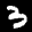
Label: 3